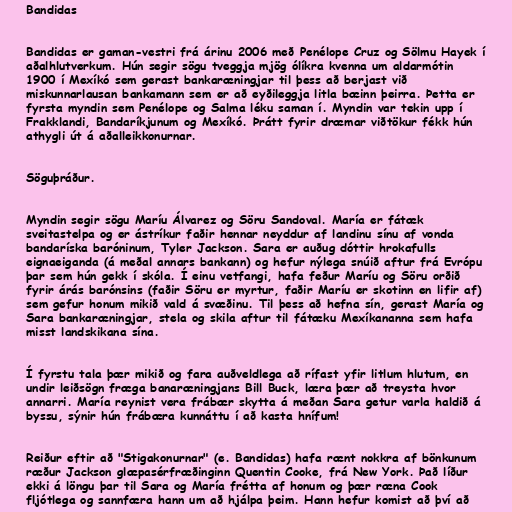
Bandidas

Bandidas er gaman-vestri frá árinu 2006 með Penélope Cruz og Sölmu Hayek í
aðalhlutverkum. Hún segir sögu tveggja mjög ólíkra kvenna um aldarmótin
1900 í Mexíkó sem gerast bankaræningjar til þess að berjast við
miskunnarlausan bankamann sem er að eyðileggja litla bæinn þeirra. Þetta er
fyrsta myndin sem Penélope og Salma léku saman í. Myndin var tekin upp í
Frakklandi, Bandaríkjunum og Mexíkó. Þrátt fyrir dræmar viðtökur fékk hún
athygli út á aðalleikkonurnar.

Söguþráður.

Myndin segir sögu Maríu Álvarez og Söru Sandoval. María er fátæk
sveitastelpa og er ástríkur faðir hennar neyddur af landinu sínu af vonda
bandaríska baróninum, Tyler Jackson. Sara er auðug dóttir hrokafulls
eignaeiganda (á meðal annars bankann) og hefur nýlega snúið aftur frá Evrópu
þar sem hún gekk í skóla. Í einu vetfangi, hafa feður Maríu og Söru orðið
fyrir árás barónsins (faðir Söru er myrtur, faðir Maríu er skotinn en lifir af)
sem gefur honum mikið vald á svæðinu. Til þess að hefna sín, gerast María og
Sara bankaræningjar, stela og skila aftur til fátæku Mexíkananna sem hafa
misst landskikana sína.

Í fyrstu tala þær mikið og fara auðveldlega að rífast yfir litlum hlutum, en
undir leiðsögn fræga banaræningjans Bill Buck, læra þær að treysta hvor
annarri. María reynist vera frábær skytta á meðan Sara getur varla haldið á
byssu, sýnir hún frábæra kunnáttu í að kasta hnífum!

Reiður eftir að "Stigakonurnar" (e. Bandidas) hafa rænt nokkra af bönkunum
ræður Jackson glæpasérfræðinginn Quentin Cooke, frá New York. Það líður
ekki á löngu þar til Sara og María frétta af honum og þær ræna Cook
fljótlega og sannfæra hann um að hjálpa þeim. Hann hefur komist að því að